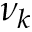
\nu _ { k }